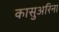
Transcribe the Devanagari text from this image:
कासुअरिना